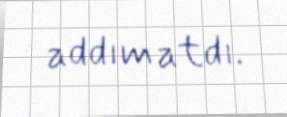
addım atdı.